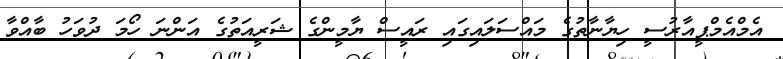
އެމްއެމްޕީއާރުސީ ހިޔާނާތުގެ މައްސަލައިގައި ރައީސް ޔާމީންގެ ޝަރީއަތުގެ އަންނަ ހޯމަ ދުވަހު ބާއްވާ